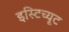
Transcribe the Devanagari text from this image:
इस्‍टिच्‍यूट